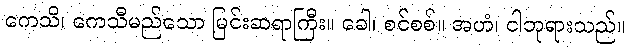
ကေသိ၊ ကေသီမည်သော မြင်းဆရာကြီး။ ခေါ၊ စင်စစ်။ အဟံ၊ ငါဘုရားသည်။